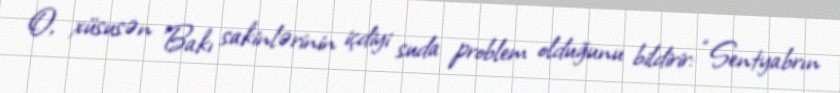
O, xüsusən Bakı sakinlərinin içdiyi suda problem olduğunu bildirir: “Sentyabrın